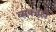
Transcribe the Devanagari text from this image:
व्‍यक्‍तही